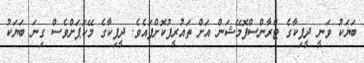
ބަޔަކު ވަނީ ދީޕިކާގެ ޓްރާންސްފޮމޭޝަން އަށް ތައުރީފުކޮށްފައެވެ. ދީޕިކާގެ މޭކަޕަށްވެސް ގިނަ ބަޔަކު